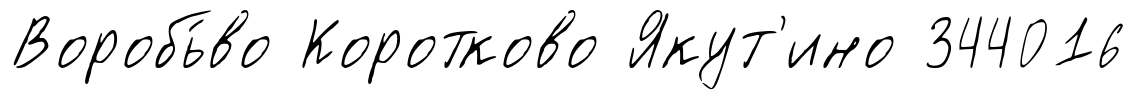
Воробь́во Коротково Якут'ино 344016